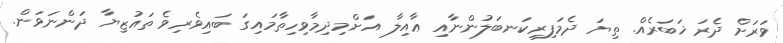
ވަރަށް ދެރަ ޚަބަރެއް. ތިޔަ ދެމަފިރިކަނބަލުންނާއި ޢާއިލާ އަށްމިދިމާވިހިތާމައިގަ ބައިވެރިވެ ތައުޒިޔާ ދަންނަވަން.